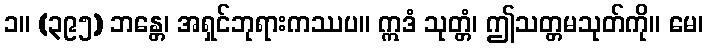
၁။ (၃၉၅) ဘန္တေ၊ အရှင်ဘုရားကဿပ။ ဣဒံ သုတ္တံ၊ ဤသတ္တမသုတ်ကို။ မေ၊